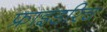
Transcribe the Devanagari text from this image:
फ्राइडरिच